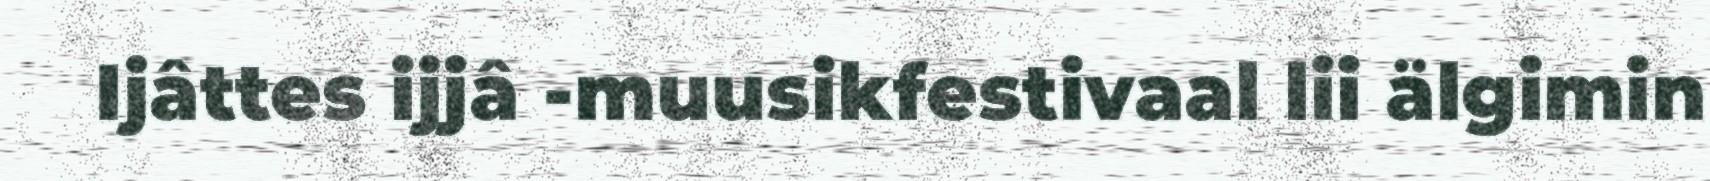
Ijâttes ijjâ -muusikfestivaal lii älgimin